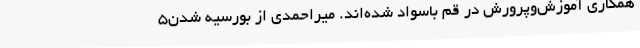
همکاری آموزش‌وپرورش در قم باسواد شده‌اند. میراحمدی از بورسیه شدن5